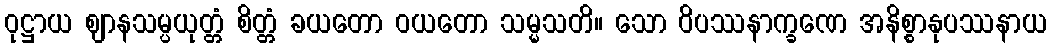
ဝုဋ္ဌာယ ဈာနသမ္ပယုတ္တံ စိတ္တံ ခယတော ဝယတော သမ္မသတိ။ သော ဝိပဿနာက္ခဏေ အနိစ္စာနုပဿနာယ